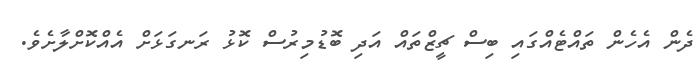
ދެން އެހެން ތައްޓެއްގައި ބިސް ޗީޒްތައް އަދި ބޮޑުމިރުސް ކޮޅު ރަނގަޅަށް އެއްކޮށްލާށެވެ.